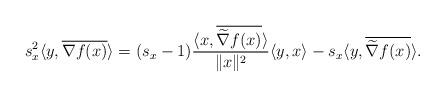
LaTeX: \begin{align*} ~~ s_x^2\langle y, \overline{\nabla f(x)}\rangle =(s_x-1)\frac{\langle x,\overline{\widetilde \nabla f(x)}\rangle }{\|x\|^2}\langle y,x\rangle -s_x\langle y, \overline{\widetilde \nabla f(x)}\rangle .\end{align*}